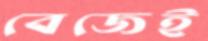
বেজেই